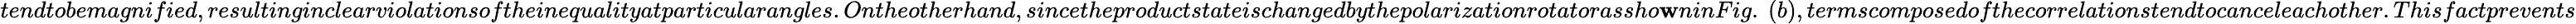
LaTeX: tendtobemagnified,resultinginclearviolationsoftheinequalityatparticularangles.Ontheotherhand,sincetheproductstateischangedbythepolarizationrotatorassho\mathbf{w}ninFig.~(b),termscomposedofthecorrelationstendtocanceleachother.Thisfactprevents